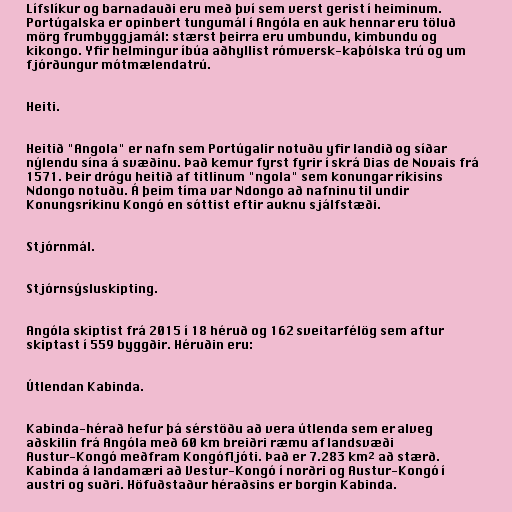
Lífslíkur og barnadauði eru með því sem verst gerist í heiminum.
Portúgalska er opinbert tungumál í Angóla en auk hennar eru töluð
mörg frumbyggjamál: stærst þeirra eru umbundu, kimbundu og
kikongo. Yfir helmingur íbúa aðhyllist rómversk-kaþólska trú og um
fjórðungur mótmælendatrú.

Heiti.

Heitið "Angola" er nafn sem Portúgalir notuðu yfir landið og síðar
nýlendu sína á svæðinu. Það kemur fyrst fyrir í skrá Dias de Novais frá
1571. Þeir drógu heitið af titlinum "ngola" sem konungar ríkisins
Ndongo notuðu. Á þeim tíma var Ndongo að nafninu til undir
Konungsríkinu Kongó en sóttist eftir auknu sjálfstæði.

Stjórnmál.

Stjórnsýsluskipting.

Angóla skiptist frá 2015 í 18 héruð og 162 sveitarfélög sem aftur
skiptast í 559 byggðir. Héruðin eru:

Útlendan Kabinda.

Kabinda-hérað hefur þá sérstöðu að vera útlenda sem er alveg
aðskilin frá Angóla með 60 km breiðri ræmu af landsvæði
Austur-Kongó meðfram Kongófljóti. Það er 7.283 km² að stærð.
Kabinda á landamæri að Vestur-Kongó í norðri og Austur-Kongó í
austri og suðri. Höfuðstaður héraðsins er borgin Kabinda.